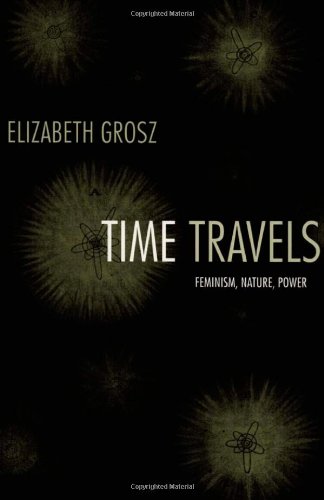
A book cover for Time Travels: Feminism, Nature, Power (Next Wave: New Directions in Women's Studies); Elizabeth Grosz; Gay & Lesbian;